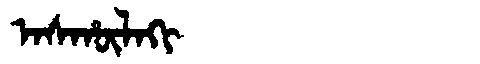
Manchu: ᠠᠰᡥᡡᠯᠠᡴᡳ
Romanization: ASHŪLAKI